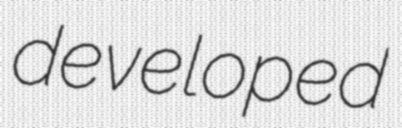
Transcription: developed